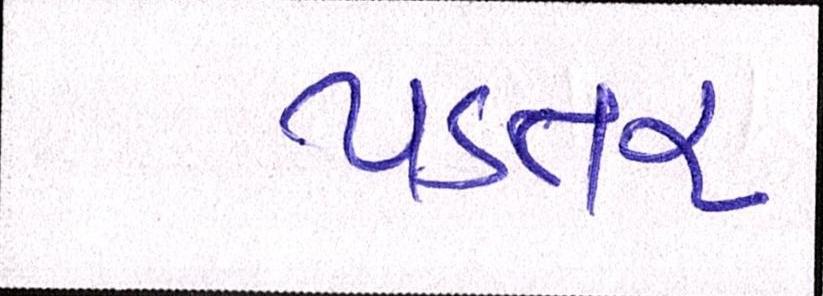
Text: પડતર